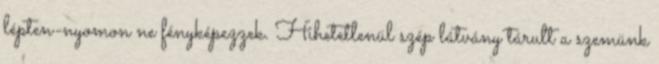
lépten-nyomon ne fényképezzek. Hihetetlenül szép látvány tárult a szemünk